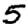
Digit: 5